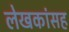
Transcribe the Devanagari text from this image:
लेखकांसह